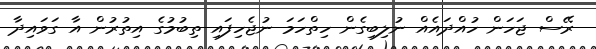
ރޭސް ޖަހަން ހުއްދައެއް ނުލިބިގެން ހިތްހަމަ ނުޖެހިފައި ތިބުމުގެ އިތުރުން އާ ގަވައިދާ